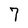
Character: 7